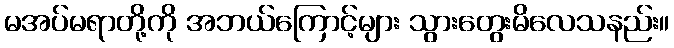
မအပ်မရာတို့ကို အဘယ်ကြောင့်များ သွားတွေးမိလေသနည်း။